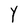
Character: Y